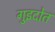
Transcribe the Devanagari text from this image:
गुइदोत